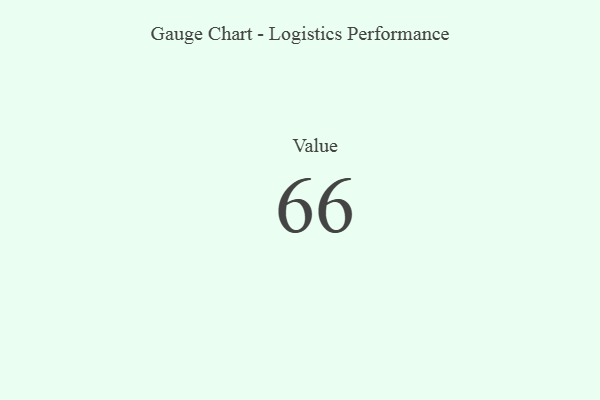
{"axis": {"x": "Metric", "y": "Value"}, "legend": [""], "data": [{"x": "Value", "y": 66, "type": ""}]}